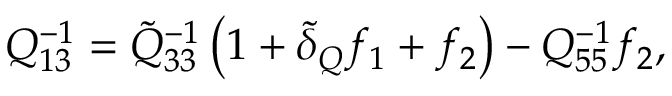
Q _ { 1 3 } ^ { - 1 } = \tilde { Q } _ { 3 3 } ^ { - 1 } \left( 1 + \tilde { \delta } _ { Q } f _ { 1 } + f _ { 2 } \right) - Q _ { 5 5 } ^ { - 1 } f _ { 2 } ,